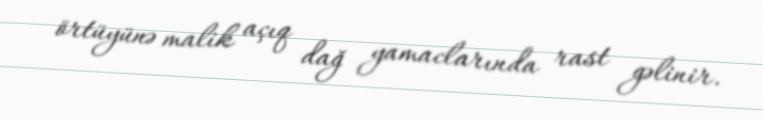
örtüyünə malik açıq dağ yamaclarında rast gəlinir.